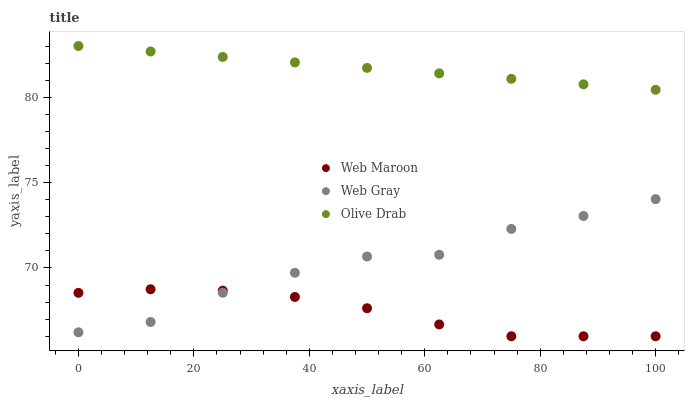
| xaxis_label | Web Maroon | Web Gray | Olive Drab |
 | --- | --- | --- | --- |
 | 0 | 68.5 | 66.2 | 83 |
 | 12.5 | 68.8 | 66.8 | 82.7 |
 | 25 | 68.7 | 68.5 | 82.4 |
 | 37.5 | 68.3 | 69.7 | 82 |
 | 50 | 67.6 | 70.7 | 81.7 |
 | 62.5 | 66.7 | 70.8 | 81.4 |
 | 75 | 66 | 72.3 | 81.1 |
 | 87.5 | 66 | 73 | 80.8 |
 | 100 | 66 | 74 | 80.4 |